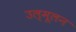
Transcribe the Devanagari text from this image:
उल्मूलन